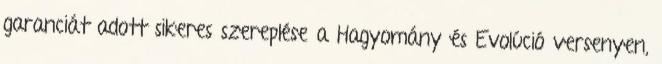
garanciát adott sikeres szereplése a Hagyomány és Evolúció versenyen,